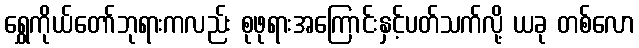
ရွှေကိုယ်တော်ဘုရားကလည်း စုဖုရားအကြောင်းနှင့်ပတ်သက်လို့ ယခု တစ်လော